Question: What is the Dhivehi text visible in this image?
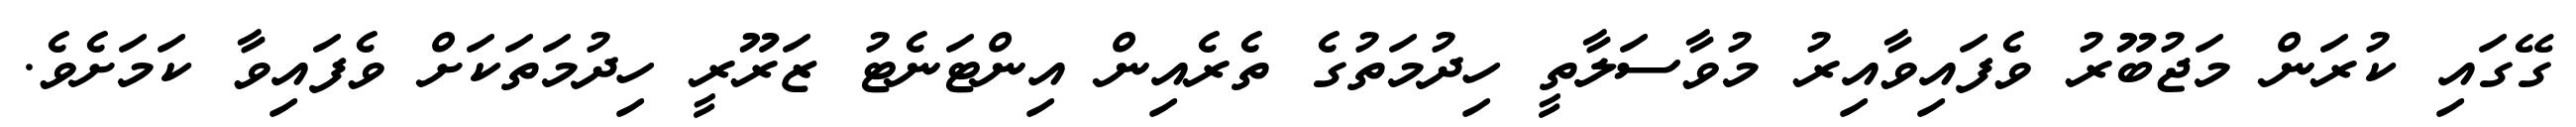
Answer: ގޭގައި ކުރަން މަޖުބޫރު ވެފައިވާއިރު މުވާސަލާތީ ހިދުމަތުގެ ތެރެއިން އިންޓަނެޓު ޒަރޫރީ ހިދުމަތަކަށް ވެފައިވާ ކަމަށެވެ.